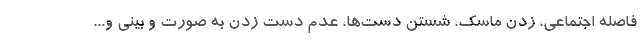
فاصله اجتماعی، زدن ماسک، شستن دست‌ها، عدم دست زدن به صورت و بینی و...